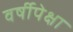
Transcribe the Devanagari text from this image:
वर्षीपेक्षा